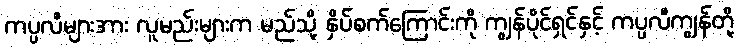
ကပ္ပလီများအား လူမည်းများက မည်သို့ နှိပ်စက်ကြောင်းကို ကျွန်ပိုင်ရှင်နှင့် ကပ္ပလီကျွန်တို့